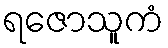
ရဇောသူကံ